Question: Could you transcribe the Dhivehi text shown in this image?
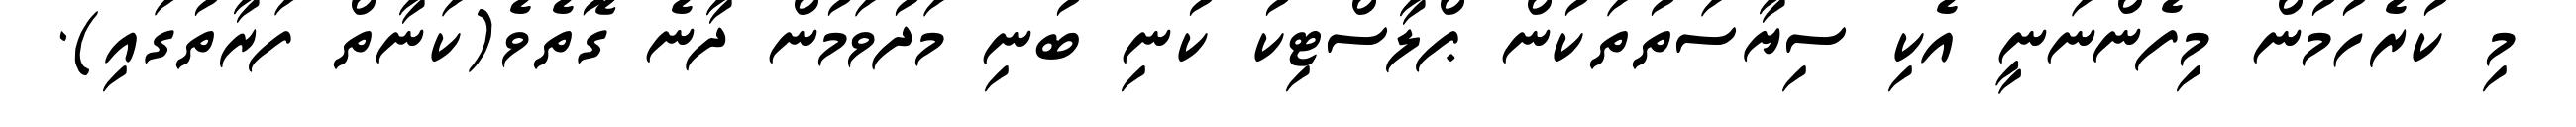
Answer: މި ކުރެހުމުން މިފެންނަނީ އެކި ސިޔާސަތުތަކުން ޕްލާސްޓިކު ކުނި ބުނި މަދުވަމުން ދާނެ ގޮތެވެ(ކަނާތް ފަރާތުގައި).